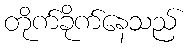
တိုက်ခိုက်နေသည်